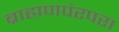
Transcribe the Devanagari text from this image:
ब्राह्मणपंरपरा